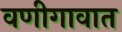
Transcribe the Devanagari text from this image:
वणीगावात